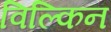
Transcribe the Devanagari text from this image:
विल्किन